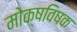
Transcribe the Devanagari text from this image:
मोक्षविषक